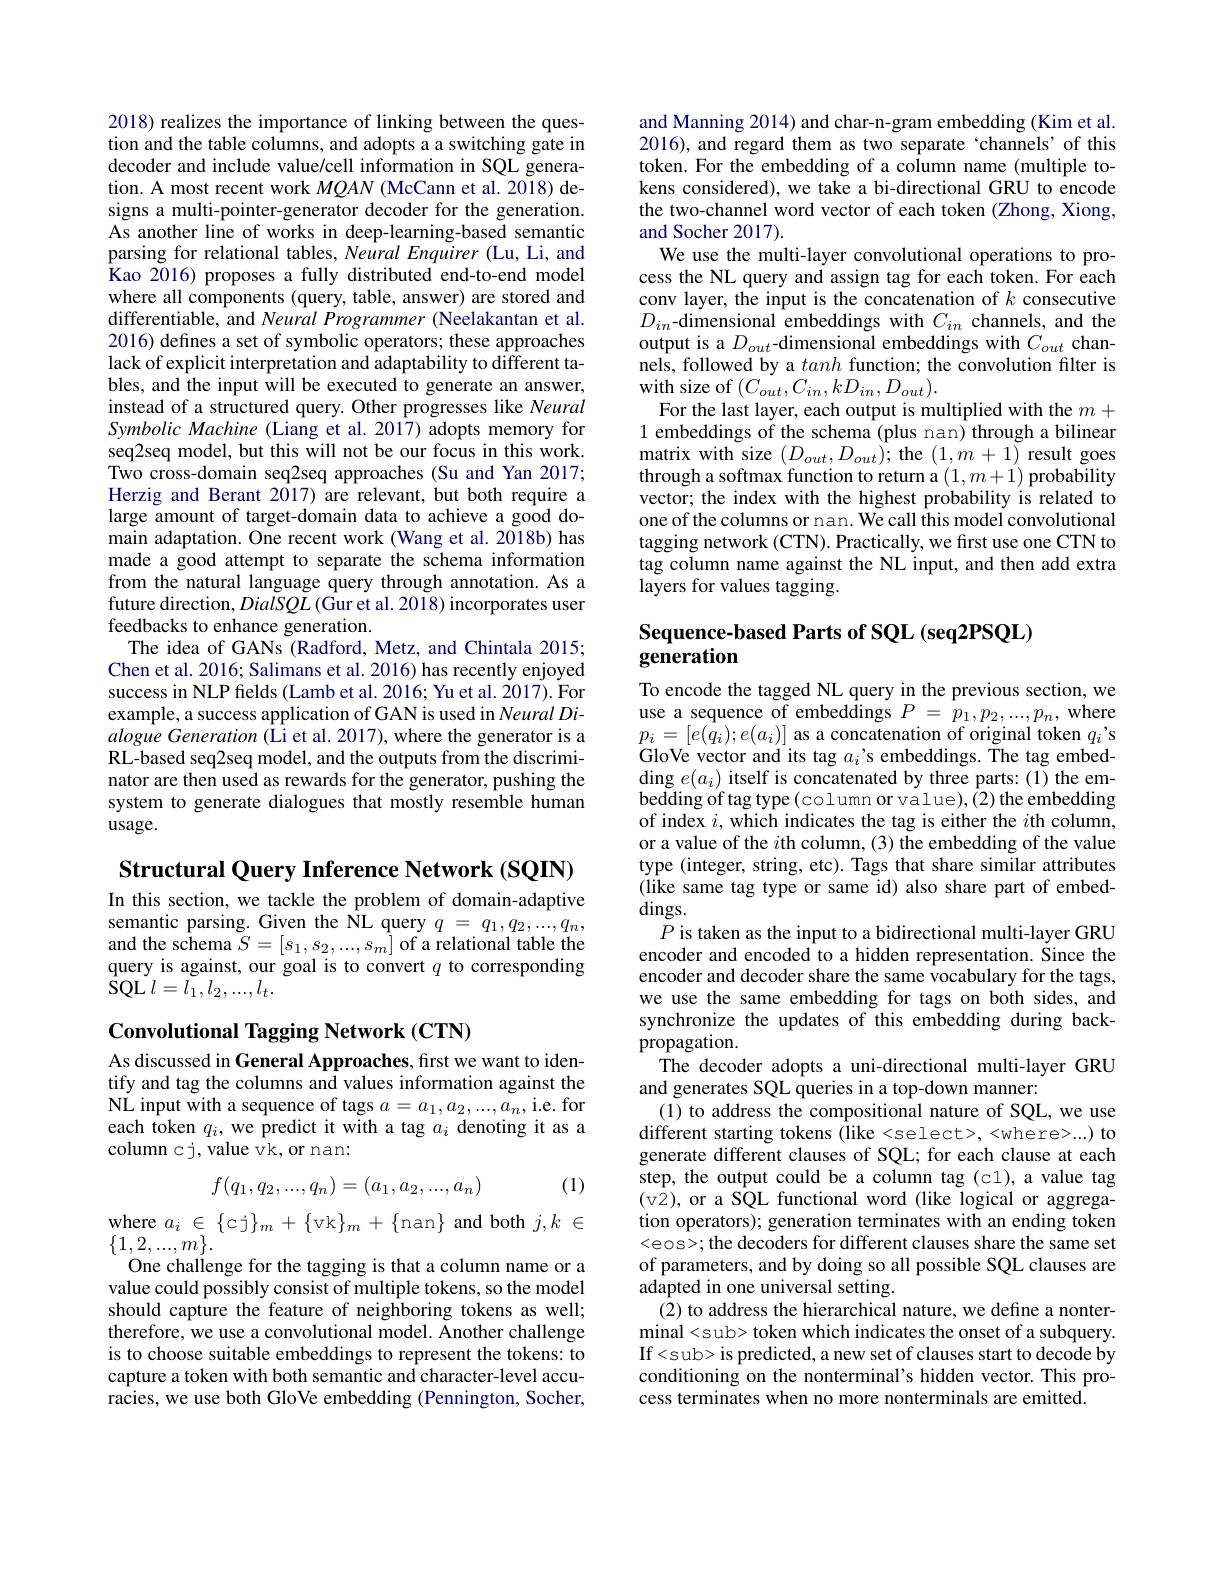
2018) realizes the importance of linking between the question and the table columns, and adopts a a switching gate in decoder and include value/cell information in SQL generation. A most recent work $MQAN$ (McCann et al.2018) designs a multi-pointer-generator decoder for the generation. As another line of works in deep-learning-based semantic parsing for relational tables, Neural Enquirer (Lu, Li, and Kao 2016) proposes a fully distributed end-to-end model where all components (query, table, answer) are stored and differentiable, and Neural Programmer (Neelakantan et al. 2016) defines a set of symbolic operators; these approaches lack of explicit interpretation and adaptability to different tables, and the input will be executed to generate an answer, instead of a structured query. Other progresses like Neural Symbolic Machine (Liang et al. 2017) adopts memory for seq2seq model, but this will not be our focus in this work. Two cross-domain seq2seq approaches (Su and Yan 2017; Herzig and Berant 2017) are relevant, but both require a large amount of target-domain data to achieve a good domain adaptation. One recent work (Wang et al. 2018b) has made a good attempt to separate the schema information from the natural language query through annotation. As a future direction, DialSQL (Gur et al. 2018) incorporates user feedbacks to enhance generation.
The idea of GANs (Radford, Metz, and Chintala 2015; Chen et al. 2016; Salimans et al. 2016) has recently enjoyed success in NLP fields (Lamb et al. 2016; Yu et al. 2017). For example, a success application of GAN is used in Neural Dialogue Generation (Li et al. 2017), where the generator is a RL-based seq2seq model, and the outputs from the discriminator are then used as rewards for the generator, pushing the system to generate dialogues that mostly resemble human usage.

Structural Query Inference Network (SQIN)

In this section, we tackle the problem of domain-adaptive semantic parsing. Given the ÎL query $q=q_1,q_2,...,q_n$, and the schema $\tilde{S}=[s_1,s_2,...,s_m]$ of a relational table the query is against, our goal is to convert $q$ to corresponding $\bar{\mathrm{SQL}}$ $l= l_{1}, l_{2}, . . . , l_{t}.$

Convolutional Tagging Network (CTN)
As discussed in General Approaches, first we want to iden-

tify and tag the columns and values information against the NL input with a sequence of tags $a=a_1,a_2,...,a_n$,i.e.for each token $q_i$, we predict it with a tag $a_i$ denoting it as a column cj, value vk, or nan:
$$f(q_1,q_2,...,q_n)=(a_1,a_2,...,a_n)$$
(1)

where $a_i\in\{$cj$\}_m+\{$vk$\}_m+\{$nan$\}$ and both $j,k\in$
$\{1,2,...,m\}.$
One challenge for the tagging is that a column name or a value could possibly consist of multiple tokens, so the model should capture the feature of neighboring tokens as well; therefore, we use a convolutional model. Another challenge is to choose suitable embeddings to represent the tokens: to capture a token with both semantic and character-level accuracies, we use both GloVe embedding (Pennington, Socher,

and Manning 2014) and char-n-gram embedding (Kim et al. 2016), and regard them as two separate `channels' of this token. For the embedding of a column name (multiple tokens considered), we take a bi-directional GRU to encode the two-channel word vector of each token (Zhong, Xiong, and Socher 2017).
We use the multi-layer convolutional operations to process the NL query and assign tag for each token. For each conv layer, the input is the concatenation of $k$ consecutive $D_{in}$-dimensional embeddings with $C_in$ channels, and the output is a $D_out$-dimensional embeddings with $C_out$ channels, followed by a tanh function; the convolution filter is with size of $( C_{out}, C_{in}, kD_{in}, D_{out}) .$
For the last layer, each output is multiplied with the $m+$ 1 embeddings of the schema (plus nan) through a bilinear matrix with size $( D_{out}, D_{out}) ;$the $(1,m+1)$result goes through a softmax function to return a $(1,m+1)$ probability vector; the index with the highest probability is related to one of the columns or nan. We call this model convolutional tagging network (CTN). Practically, we frst use one CTN to tag column name against the NL input, and then add extra layers for values tagging.

# Sequence-based Parts of SQL (seq2PSQL) $\tilde{\mathbf{generation}}$

To encode the tagged NL query in the previous section, we use a sequence of embeddings $P=p_1,p_2,...,p_n$, where $p_{i}=[e(q_{i});e(a_{i})]$ as a concatenation of original token $q_{i}’$s GloVe vector and its tag $a_i’$s embeddings. The tag embed- $\operatorname{ding}e(a_{i})$ itself is concatenated by three parts:(1) the embedding of tag type(column or value),(2) the embedding of index $i$, which indicates the tag is either the $i$th column, or a value of the $i$th column, (3) the embedding of the value type (integer, string, etc). Tags that share similar attributes (like same tag type or same id) also share part of embed- $\dim$gs.
$P$ is taken as the input to a bidirectional multi-layer GRU encoder and encoded to a hidden representation. Since the encoder and decoder share the same vocabulary for the tags, we use the same embedding for tags on both sides, and synchronize the updates of this embedding during backpropagation.
The decoder adopts a uni-directional multi-layer GRU
and generates SQL queries in a top-down manner:
(1) to address the compositional nature of SQL, we use different starting tokens (like <select>, <where>...) to generate different clauses of SQL; for each clause at each step, the output could be a column tag (c1), a value tag (v2), or a SQL functional word (like logical or aggregation operators); generation terminates with an ending token <eos> the decoders for different clauses share the same set of parameters, and by doing so all possible SQL clauses are $\hat{\text{adapted in one universal setting}}.$
(2) to address the hierarchical nature, we define a nonterminal<sub> token which indicates the onset of a subquery. If<sub> is predicted, a new set of clauses start to decode by conditioning on the nonterminal's hidden vector. This process terminates when no more nonterminals are emitted.